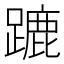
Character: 蹗